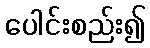
ပေါင်းစည်း၍